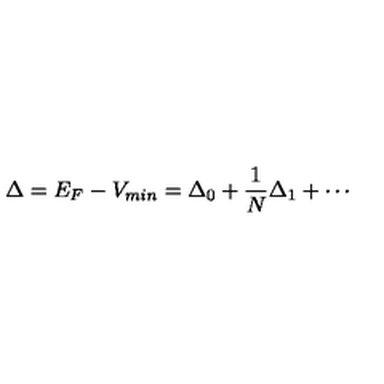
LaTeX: \Delta = E _ { F } - V _ { m i n } = \Delta _ { 0 } + \frac { 1 } { N } \Delta _ { 1 } + \cdots